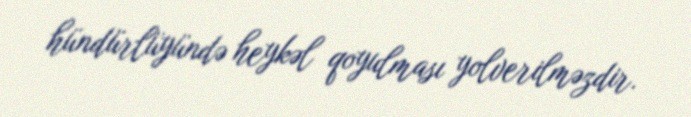
hündürlüyündə heykəl qoyulması yolverilməzdir.